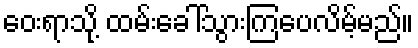
ဝေးရာသို့ ထမ်းခေါ်သွားကြပေလိမ့်မည်။